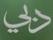
نلي